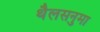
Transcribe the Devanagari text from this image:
थैलसनुमा